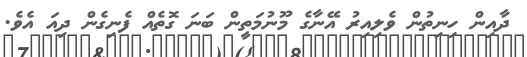
ދާއިން ހިނިތުން ވެލިއިރު އޭނާގެ މޫނުމަތީން ބަނަ ގޮތެއް ފެނިގެން ދިއަ އެވެ.